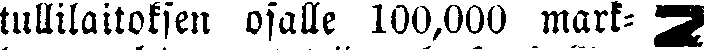
tullilaitoksen osalle 100,000 mark- #